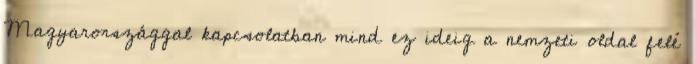
Magyarországgal kapcsolatban mind ez ideig a nemzeti oldal felé